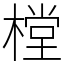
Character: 樘